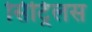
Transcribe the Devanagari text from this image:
सिट्रिलस